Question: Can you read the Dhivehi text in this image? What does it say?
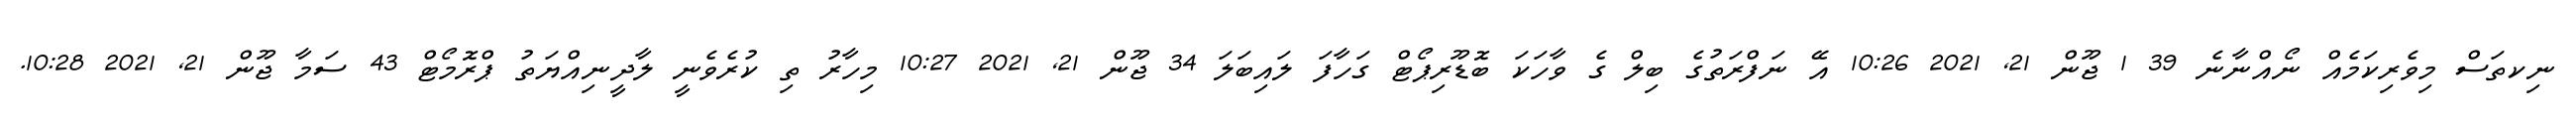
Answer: ނިކތަސް މިވެރިކަމެއް ނޯއްނާނެ 39 1 ޖޫން 21, 2021 10:26 އޭ ނަފްރަތުގެ ބިލް ގެ ވާހަކަ ބޮޑޫރިޕޯޓް ގަހާފަ ލައިބަލަ 34 ޖޫން 21, 2021 10:27 މިހާރު ތި ކުރެވެނީ ލާދީނިއްޔަތު ޕްރޮމޯޓް 43 ސަމާ ޖޫން 21, 2021 10:28.